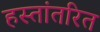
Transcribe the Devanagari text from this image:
हस्‍तांतरित